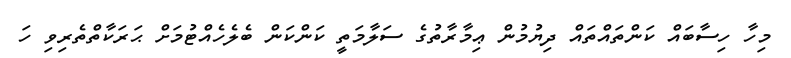
މިހާ ހިސާބައް ކަންތައްތައް ދިޔުމުން ޢިމާރާތުގެ ސަލާމަތީ ކަންކަން ބެލެހެއްޓުމަށް ޙަރަކާތްތެރިވި ހަ